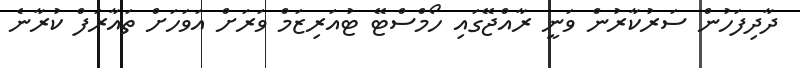
ދާދިފަހުން ސަރުކާރުން ވަނީ ރާއްޖޭގައި ހޯމްސްޓޭ ޓުއަރިޒަމް ވަރަށް އަވަހަށް ތައާރަފް ކުރާނެ